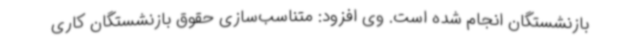
بازنشستگان انجام شده است. وی افزود: متناسب‌سازی حقوق بازنشستگان کاری